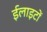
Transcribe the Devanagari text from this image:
ईलाइटों